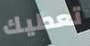
تعطيك